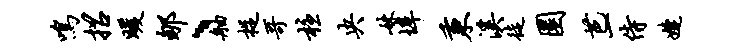
鸣招暖郇、舳捉哥柱央妹埠秉溪徒圜芭一侍婕